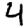
Digit: 4